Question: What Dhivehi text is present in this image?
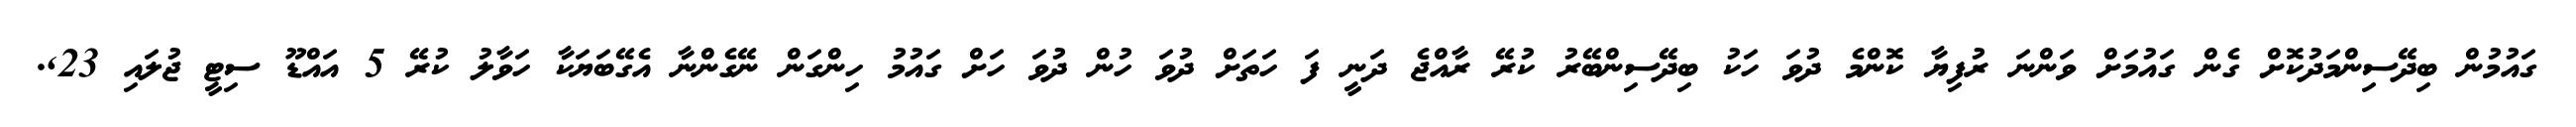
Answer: ގައުމުން ބިދޭސިންމަދުކޮށް ގެން ގައުމަށް ވަންނަ ރުފިޔާ ކޮންމެ ދުވަ ހަކު ބިދޭސިންބޭރު ކުރޭ ރާއްޖެ ދަނީ ފަ ހަތަށް ދުވަ ހުން ދުވަ ހަށް ގައުމު ހިންގަން ނޭގެންނާ އެގޭބަޔަކާ ހަވާލު ކުރޭ 5 އައްޑޫ ސިޓީ ޖުލައި 23,.